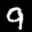
Label: 9